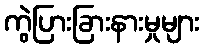
ကွဲပြားခြားနားမှုများ